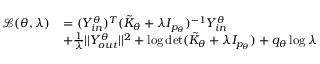
\begin{array} { r l } { \mathcal { L } ( \theta , \lambda ) } & { = ( Y _ { i n } ^ { \theta } ) ^ { T } ( \tilde { K } _ { \theta } + \lambda I _ { p _ { \theta } } ) ^ { - 1 } Y _ { i n } ^ { \theta } } \\ & { + \frac { 1 } { \lambda } | | Y _ { o u t } ^ { \theta } | | ^ { 2 } + \log \operatorname* { d e t } ( \Tilde { K } _ { \theta } + \lambda I _ { p _ { \theta } } ) + q _ { \theta } \log \lambda } \end{array}